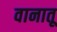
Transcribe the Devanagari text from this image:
वानातू